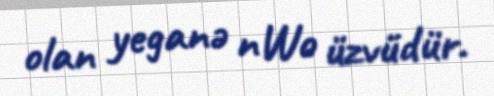
olan yeganə nWo üzvüdür.